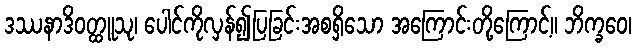
ဒဿနာဒိဝတ္ထူသု၊ ပေါင်ကိုလှန်၍ပြခြင်းအစရှိသော အကြောင်းတို့ကြောင့်။ ဘိက္ခဝေ၊